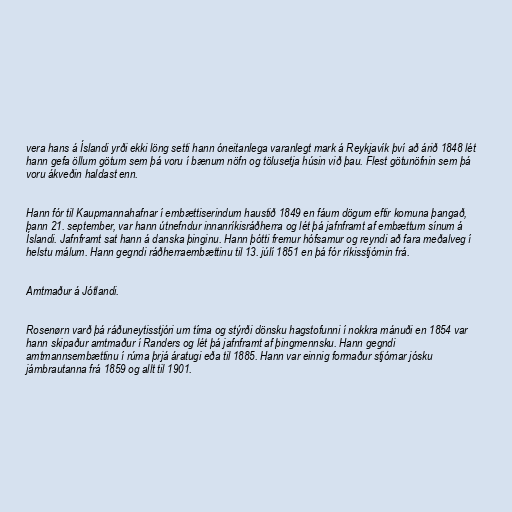
vera hans á Íslandi yrði ekki löng setti hann óneitanlega varanlegt mark á Reykjavík því að árið 1848 lét
hann gefa öllum götum sem þá voru í bænum nöfn og tölusetja húsin við þau. Flest götunöfnin sem þá
voru ákveðin haldast enn.

Hann fór til Kaupmannahafnar í embættiserindum haustið 1849 en fáum dögum eftir komuna þangað,
þann 21. september, var hann útnefndur innanríkisráðherra og lét þá jafnframt af embættum sínum á
Íslandi. Jafnframt sat hann á danska þinginu. Hann þótti fremur hófsamur og reyndi að fara meðalveg í
helstu málum. Hann gegndi ráðherraembættinu til 13. júlí 1851 en þá fór ríkisstjórnin frá.

Amtmaður á Jótlandi.

Rosenørn varð þá ráðuneytisstjóri um tíma og stýrði dönsku hagstofunni í nokkra mánuði en 1854 var
hann skipaður amtmaður í Randers og lét þá jafnframt af þingmennsku. Hann gegndi
amtmannsembættinu í rúma þrjá áratugi eða til 1885. Hann var einnig formaður stjórnar jósku
járnbrautanna frá 1859 og allt til 1901.